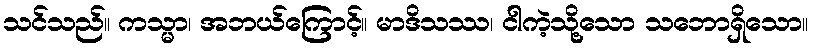
သင်သည်။ ကသ္မာ၊ အဘယ်ကြောင့်။ မာဒိသဿ၊ ငါကဲ့သို့သော သဘောရှိသော။